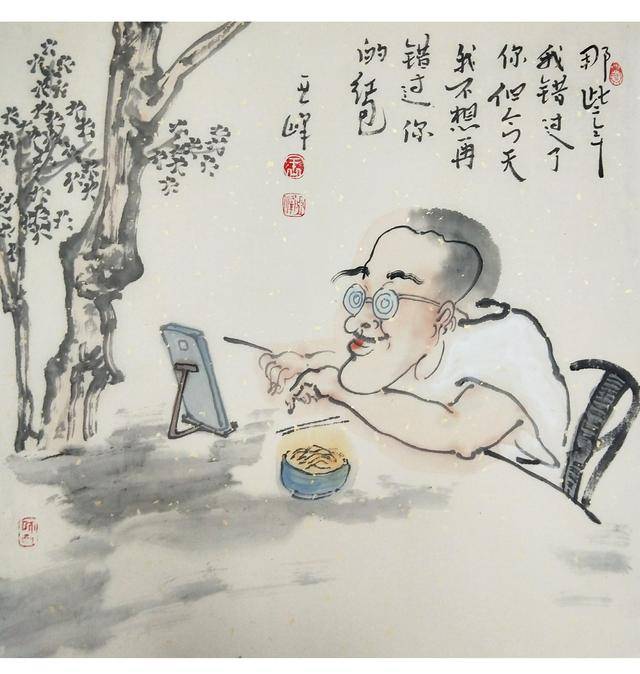
李杜诗篇万口传，至今已觉不新鲜。